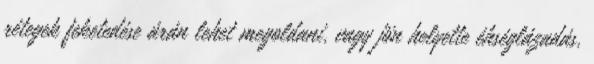
rétegek feketedése árán lehet megoldani, vagy jön helyette éhséglázadás,